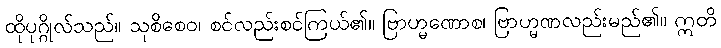
ထိုပုဂ္ဂိုလ်သည်။ သုစိစေဝ၊ စင်လည်းစင်ကြယ်၏။ ဗြာဟ္မဏောစ၊ ဗြာဟ္မဏလည်းမည်၏။ ဣတိ